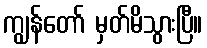
ကျွန်တော် မှတ်မိသွားပြီ။